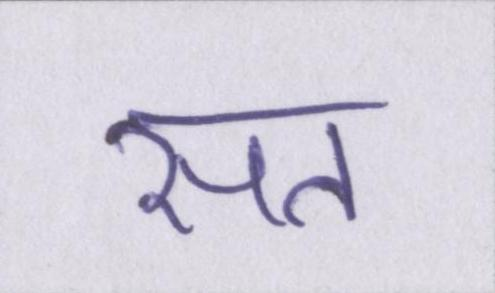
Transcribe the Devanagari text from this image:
सत